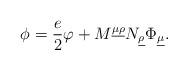
LaTeX: \begin{align*}\phi = \frac{e}{2}\varphi +M^{\underline{\mu} \underline{\rho}}N_{\underline{\rho}}\Phi_{\underline{\mu}}.\end{align*}